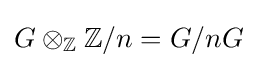
G\otimes _{\mathbb {Z} }\mathbb {Z} /n=G/nG